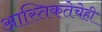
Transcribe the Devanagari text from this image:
आस्तिकतेचेही